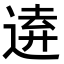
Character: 𮞗